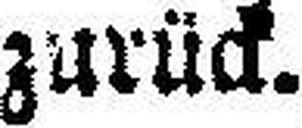
zurück.